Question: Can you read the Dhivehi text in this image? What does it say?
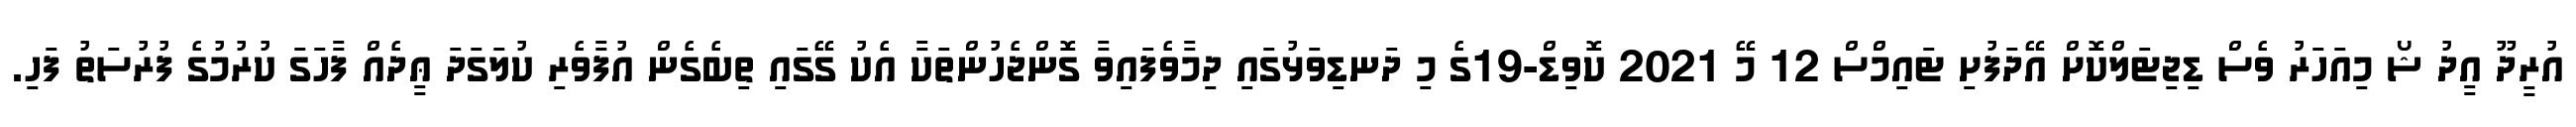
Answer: އުރީދޫ އީދު ޝޯ މިއަހަރު ވެސް ޑިޖިޓަލްކޮށް އޭދަފުށި ޓައިމްސް 12 މޭ 2021 ކޮވިޑް-19ގެ މި ދަނޑިވަޅުގައި ދިމާވެފައިވާ ގޮންޖެހުންތަކާ އެކު ގޭގައި ތިބެގެން އުފާވެރި ކުލަގަދަ ޢީދެއް ފާހަގަ ކުރުމުގެ ފުރުސަތު ފަހި.